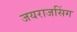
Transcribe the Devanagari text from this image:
जयराजसिंग